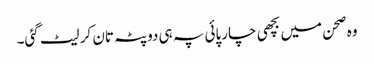
وہ صحن میں بچھی چارپائی پہ ہی دوپٹہ تان کر لیٹ گئی۔